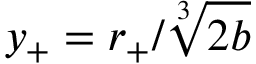
y _ { + } = r _ { + } / \sqrt [ 3 ] { 2 b }